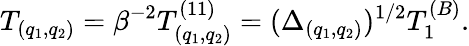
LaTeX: T_{(q_{1},q_{2})}=\beta^{-2}T_{(q_{1},q_{2})}^{(11)}=(\Delta_{(q_{1},q_{2})})^{1/2}T_{1}^{(B)}.